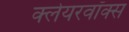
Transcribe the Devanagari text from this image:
क्लेयरवॉक्स